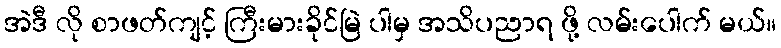
အဲဒီ လို စာဖတ်ကျင့် ကြီးမားခိုင်မြဲ ပါမှ အသိပညာရ ဖို့ လမ်းပေါက် မယ်။